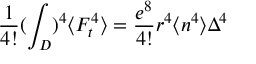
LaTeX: \frac { 1 } { 4 ! } ( \int _ { D } ) ^ { 4 } \langle F _ { t } ^ { 4 } \rangle = \frac { e ^ { 8 } } { 4 ! } r ^ { 4 } \langle n ^ { 4 } \rangle \Delta ^ { 4 }